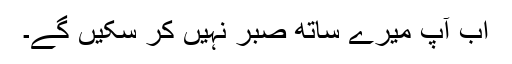
اب آپ میرے ساتھ صبر نہیں کر سکیں گے۔